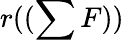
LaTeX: r((\sum F))